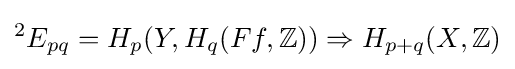
{}^{2}E_{pq}=H_{p}(Y,H_{q}(Ff,\mathbb {Z} ))\Rightarrow H_{p+q}(X,\mathbb {Z} )